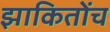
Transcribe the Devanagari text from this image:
झाकितोंच